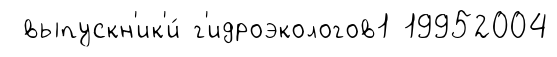
выпускн'ик'и́ г'идроэкологов1 19952004